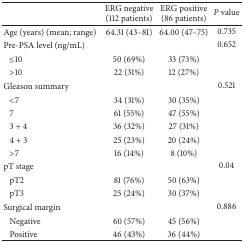
<table><thead><tr><td><b> </b></td><td><b>ERG negative (112 patients)</b></td><td><b>ERG positive (86 patients)</b></td><td><b><i>P</i> value</b></td></tr></thead><tbody><tr><td>Age (years) (mean; range)</td><td>64.31 (43–81)</td><td>64.00 (47–75)</td><td>0.735</td></tr><tr><td>Pre-PSA level (ng/mL)</td><td> </td><td> </td><td>0.652</td></tr><tr><td>≤10</td><td>50 (69%)</td><td>33 (73%)</td><td> </td></tr><tr><td>&gt;10</td><td>22 (31%)</td><td>12 (27%)</td><td> </td></tr><tr><td>Gleason summary</td><td> </td><td> </td><td>0.521</td></tr><tr><td>&lt;7</td><td>34 (31%)</td><td>30 (35%)</td><td> </td></tr><tr><td>7</td><td>61 (55%)</td><td>47 (55%)</td><td> </td></tr><tr><td>3 + 4</td><td>36 (32%)</td><td>27 (31%)</td><td> </td></tr><tr><td>4 + 3</td><td>25 (23%)</td><td>20 (24%)</td><td> </td></tr><tr><td>&gt;7</td><td>16 (14%)</td><td>8 (10%)</td><td> </td></tr><tr><td>pT stage</td><td> </td><td> </td><td>0.04</td></tr><tr><td>pT2</td><td>81 (76%)</td><td>50 (63%)</td><td> </td></tr><tr><td>pT3</td><td>25 (24%)</td><td>30 (37%)</td><td> </td></tr><tr><td>Surgical margin</td><td> </td><td> </td><td>0.886</td></tr><tr><td>Negative</td><td>60 (57%)</td><td>45 (56%)</td><td> </td></tr><tr><td>Positive</td><td>46 (43%)</td><td>36 (44%)</td><td> </td></tr></tbody></table>